Virumaa_algkoolid, lk 10
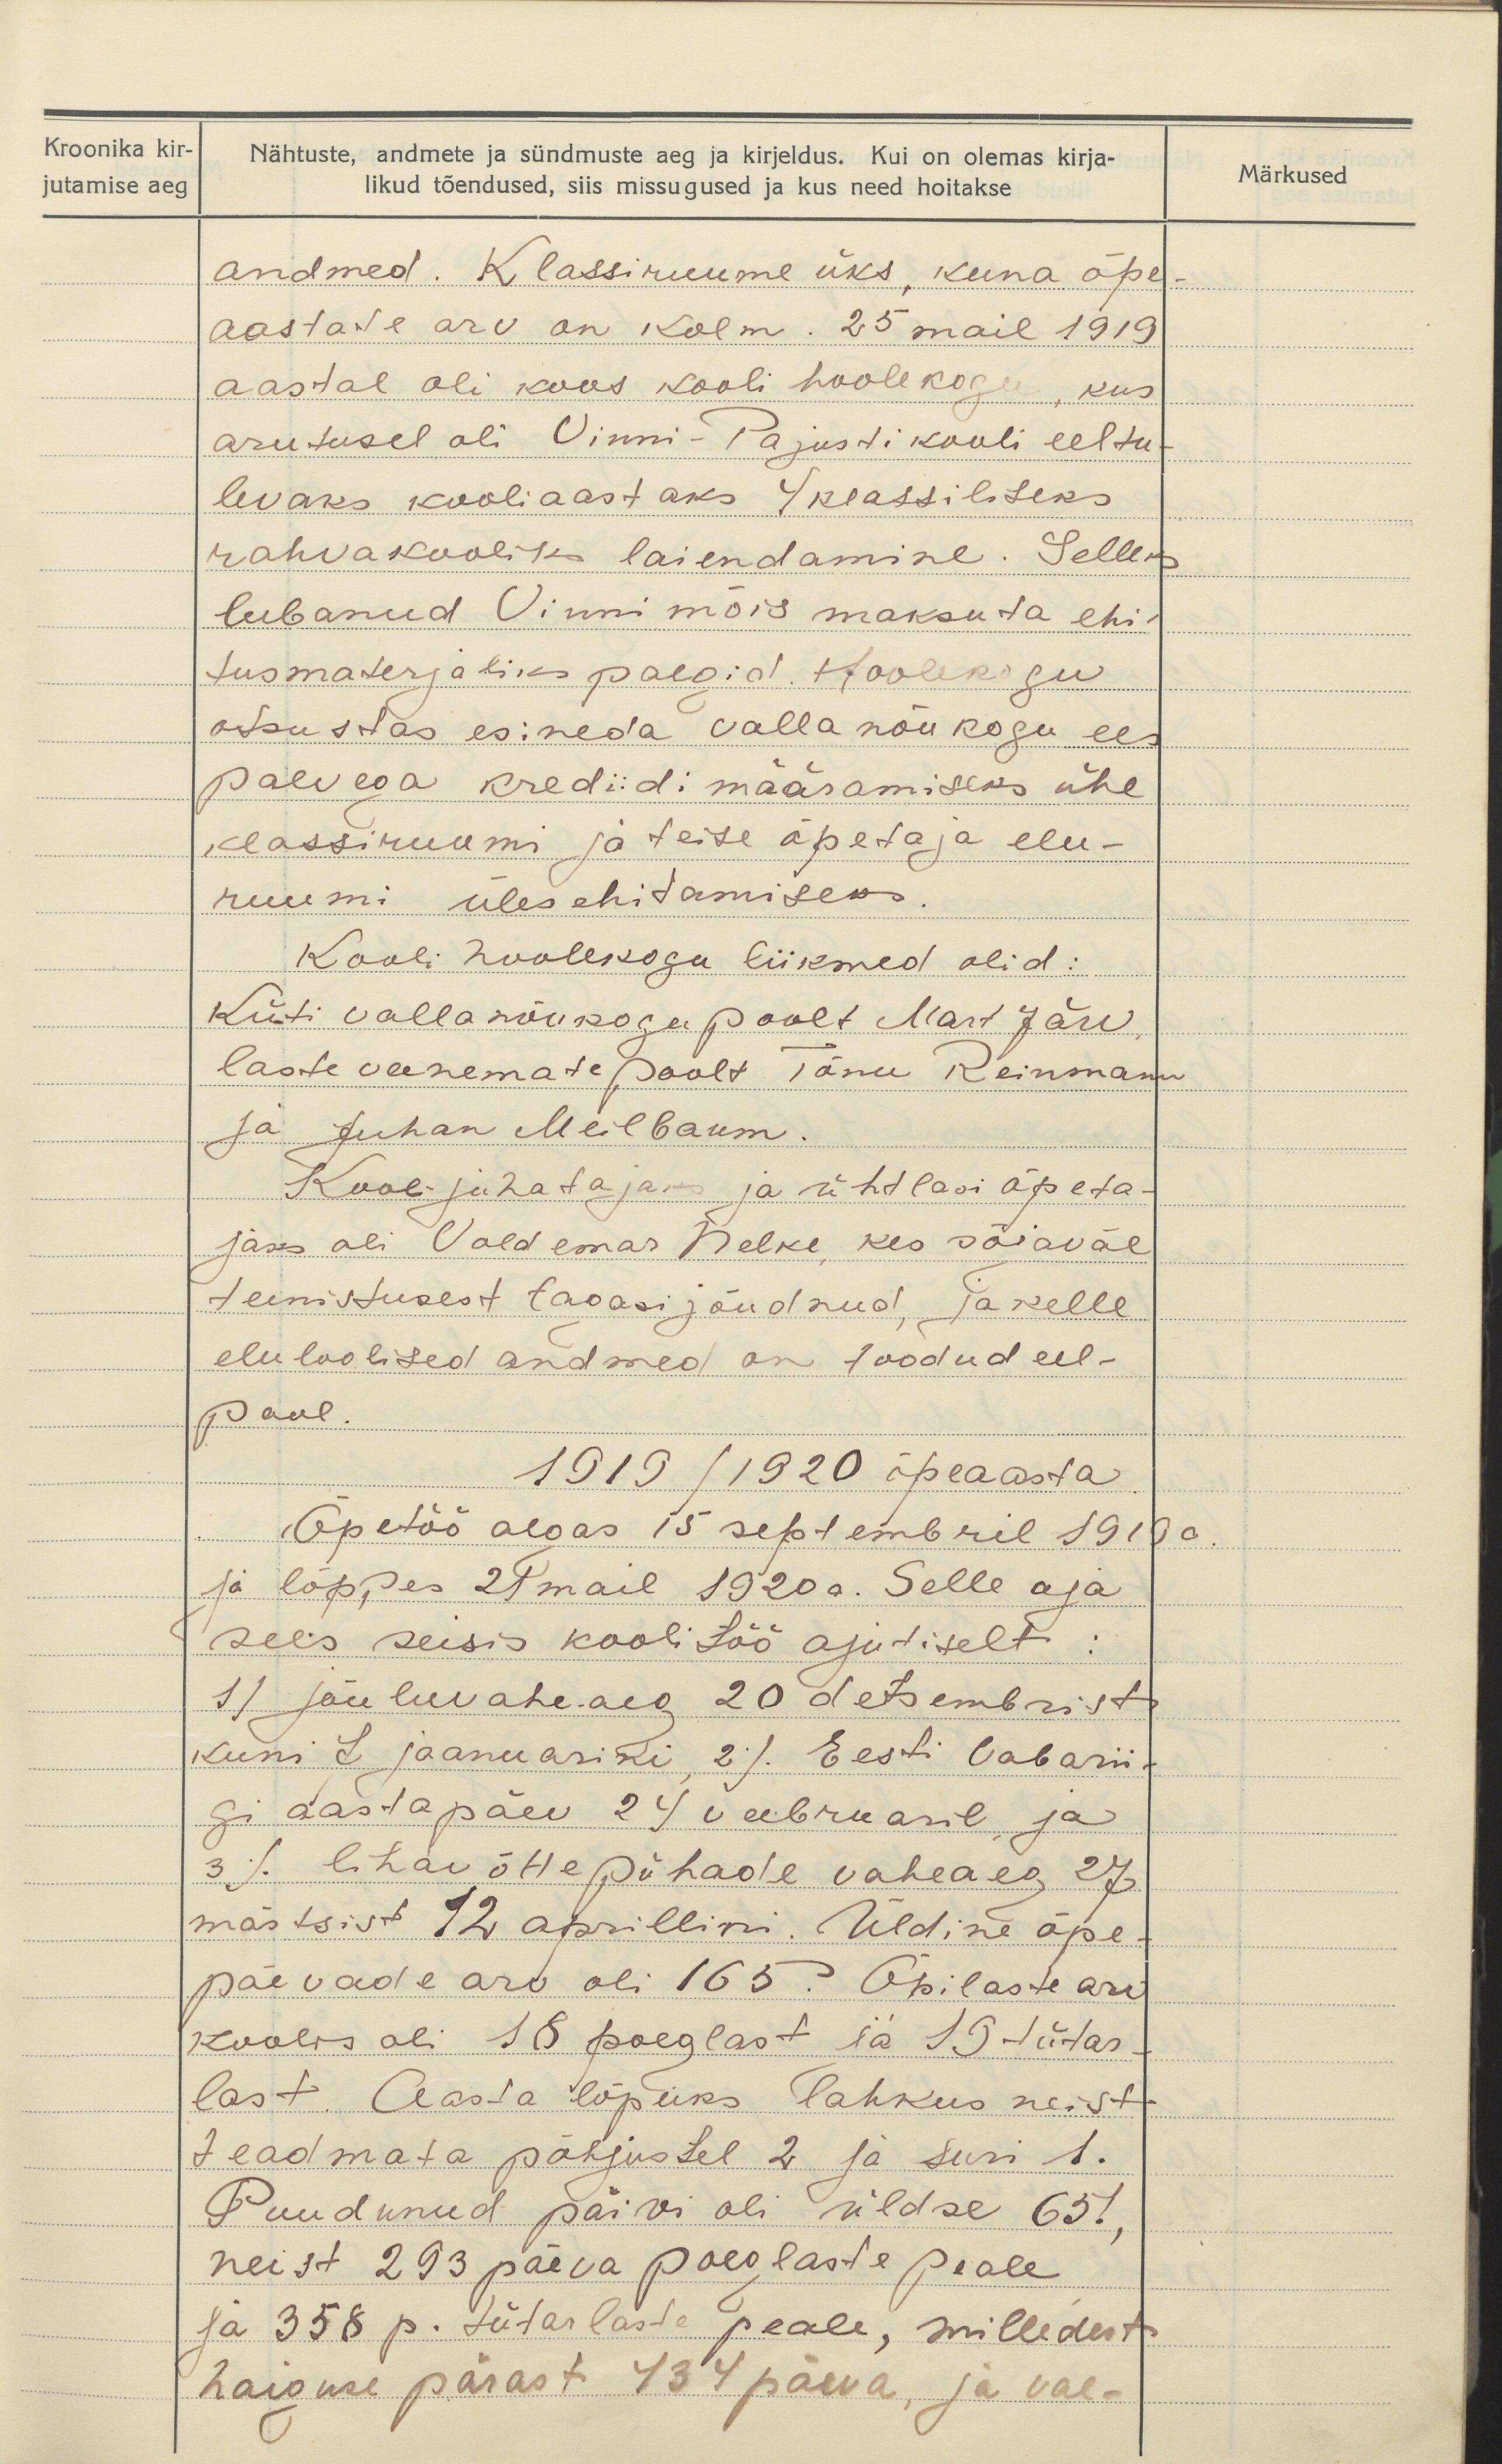
Kroonika kir-
jutamise aeg

Nähtuste, andmete ja sündmuste aeg ja kirjeldus. Kui on olemas kirja-
likud tõendused, siis missugused ja kus need hoitakse
andmed. Klassiruume üks, kuna õpe-
aastade arv on kolm. 25 mail 1919
aastal oli koos kooli hoolekogu, kus
arutusel oli Vinni-Pajusti kooli eeltu-
levaks kooliaastaks 4 klassiliseks
rahvakooliks laiendamine. Selleks
lubanud Vinni mõis maksuta ehi-
tusmaterjaliks palgid. Hoolekogu
otsustas esineda valla nõukogu ees
päevega krediidi määramiseks ühe
klassiruumi ja teise õpetaja elu-
ruumi ülesehitamiseks.
Kooli hoolekogu liikmed olid:
Küti valla nõukogu poolt Mart Järv
laste vanemate poolt Tõnu Reinmann
ja Juhan Meilbaum.
Kooli juhatajaks ja ühtlasi õpeta-
jaks oli Voldemar Nelke, kes sõjaväe
teenistusest tagasijõudnud, ja kelle
elu loolised andmed on toodud eel-
pool
1919/1920 õpeaasta
Õpetöö algas 15 septembril 1919.
ja lõppes 21 mail 1920 a. Selle aja
sees seisis koolitöö ajutiselt:
1) jõuluvaheaeg 20 detsembrist
kuni 7 jaanuarini 2). Eesti Vabarii-
gi aastapäev 24 veebruaril ja
3). lihavõttepühade vaheaeg 27
märtsist 12 aprillini. Üldine õpe-
päevade arv oli 165. Õpilaste arv
koolis oli 18 poeglast ja 19 tütar-
last. Aasta lõpuks lahkus neist
teadmata põhjustel 2 ja suri 1.
Puudunud päivi oli üldse 65!,
neist 293 päeva poeglaste peale
ja 358 p. tütarlaste peale, milledest
haiguse pärast 434 päeva, ja vae-

Märkused